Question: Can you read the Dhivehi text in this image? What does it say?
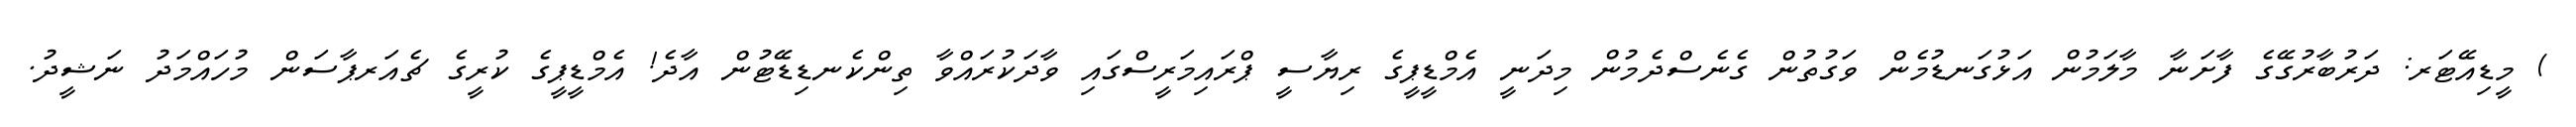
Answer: ) މީޑިއޭޓަރ: ދަރުބާރުގޭގެ ފާށަނާ މާލަމުން އަޅުގަނޑުމެން ވަގުތުން ގެނެސްދެމުން މިދަނީ އެމްޑީޕީގެ ރިޔާސީ ޕްރައިމަރީސްގައި ވާދަކުރައްވާ ތިންކެނޑިޑޭޓުން އާދެ! އެމްޑީޕީގެ ކުރީގެ ޗެއަރޕާސަން މުހައްމަދު ނަޝީދު.